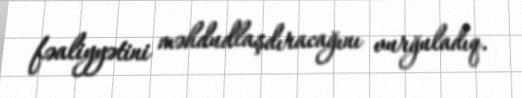
fəaliyyətini məhdudlaşdıracağını vurğuladıq.